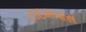
ટાઇમપાસ